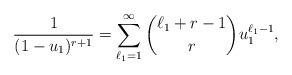
LaTeX: \begin{align*}\frac{1}{(1-u_1)^{r+1}}=\sum_{\ell_1=1}^{\infty} \binom{\ell_1+r-1}{r}u_1^{\ell_1-1},\end{align*}